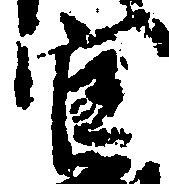
官